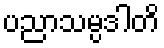
ပညာသမ္ပဒါတိ